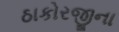
ઠાકોરજીના